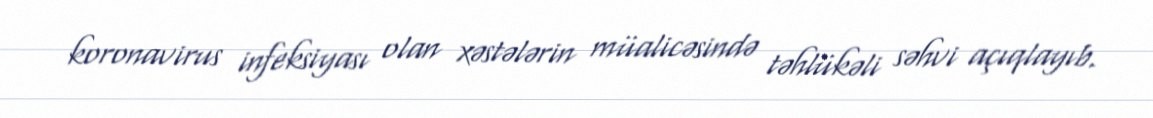
koronavirus infeksiyası olan xəstələrin müalicəsində təhlükəli səhvi açıqlayıb.